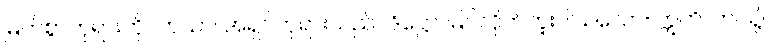
မြတ်စွာဘုရားကို။ တယာ၊ အရှင်ဘုရားသည်။ ဒိဋ္ဌော၊ မြင်လိုက်ဘူးပါသလော။ ဣတိ၊ ဤသို့။